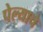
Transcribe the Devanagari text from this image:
पेल्याचे